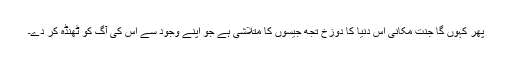
پھر کہوں گا جنت مکانی اس دنیا کا دوزخ تجھ جیسوں کا متلاشی ہے جو اپنے وجود سے اس کی آگ کو ٹھنڈہ کر دے۔